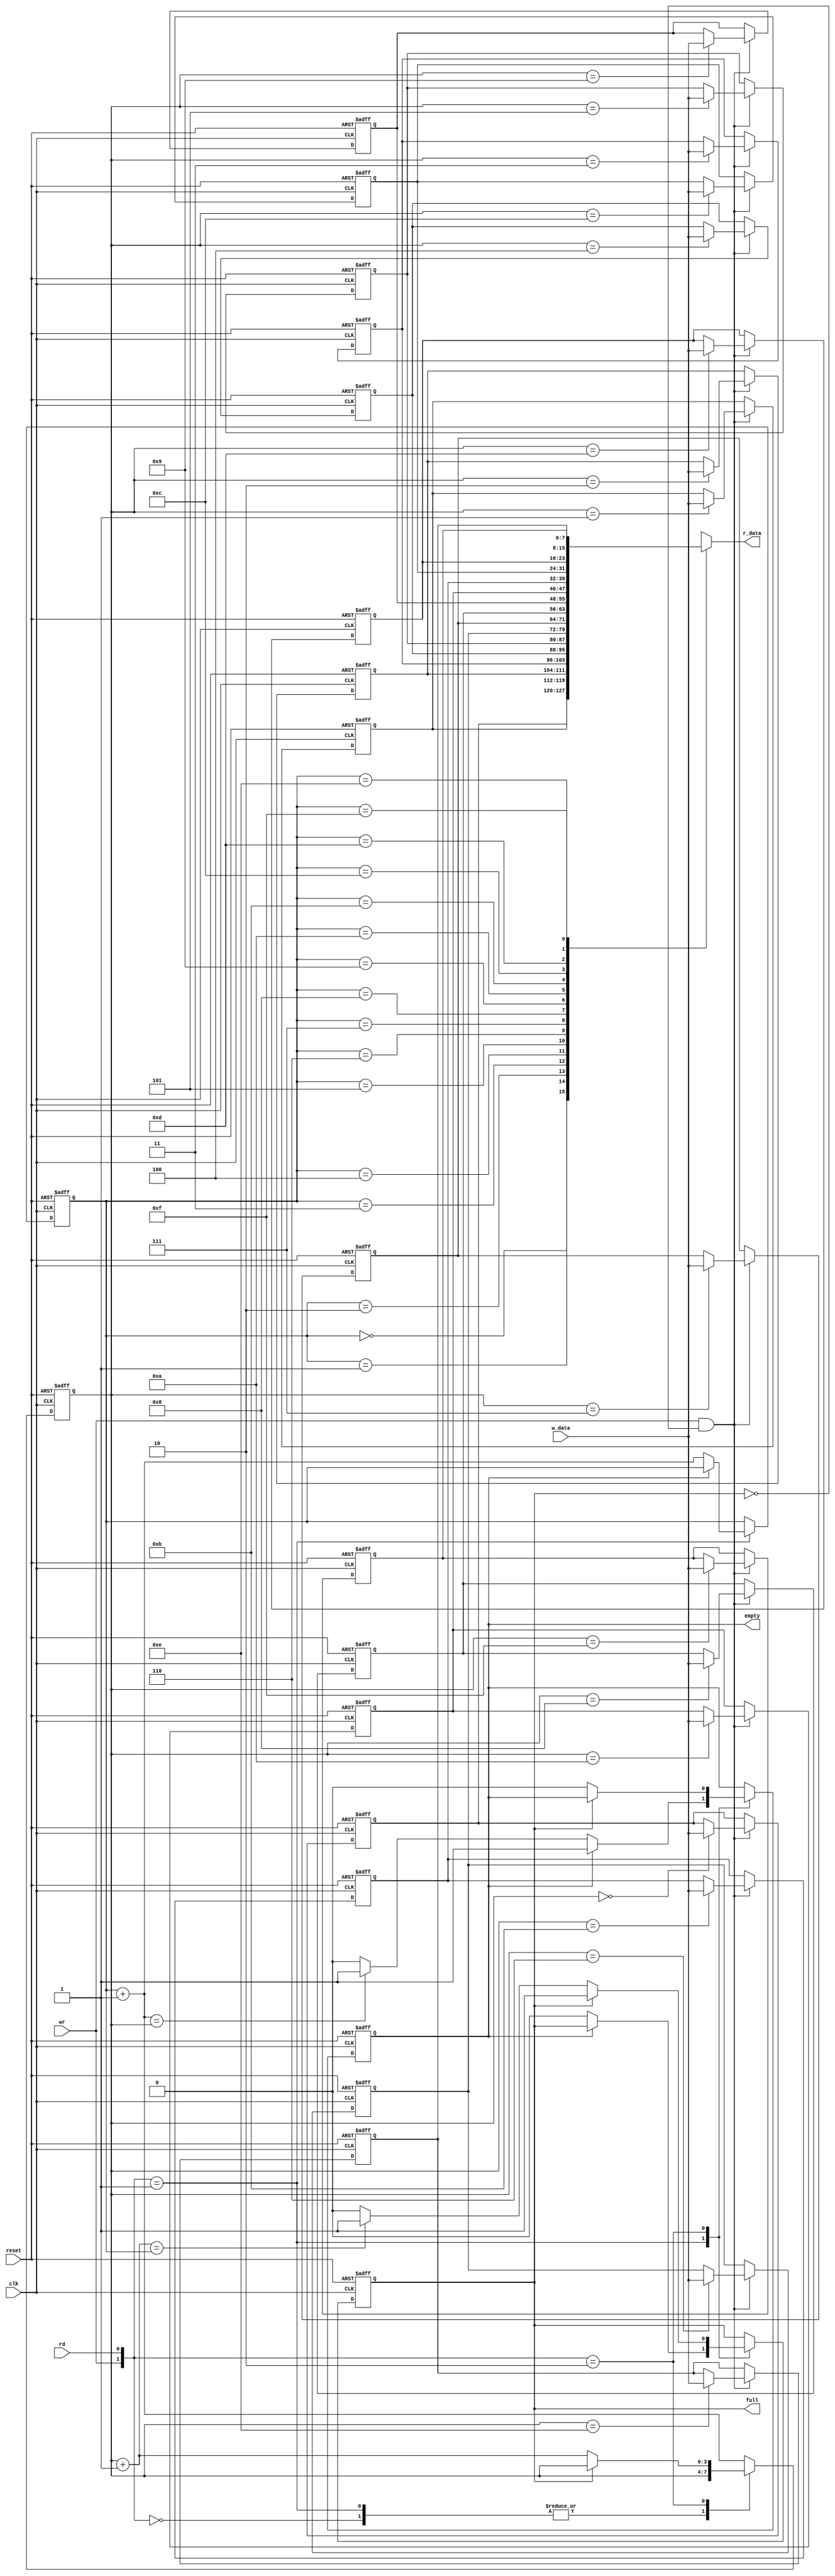
module fifo
(
	input wire          clk,
	input wire          reset,
	input wire          rd,
	input wire          wr,
	input wire [B-1:0]  w_data,
	output wire         empty,
	output wire         full,
	output wire [B-1:0] r_data
);
	parameter B = 8; // number of bits
	parameter W = 4; // number of address bits

	reg [B-1:0]  array_reg[2**W-1:0];
	reg [W-1:0]  w_ptr_reg, w_ptr_next;
	reg [W-1:0]  r_ptr_reg, r_ptr_next;
	reg          full_reg, empty_reg, full_next, empty_next;
	wire [W-1:0] w_ptr_succ, r_ptr_succ;
	wire [1:0]   wr_op;
	wire         wr_en;
	integer      i;
	
	always @ (posedge clk, posedge reset) begin
		if (reset) begin
			for (i = 0; i <= 2**W-1; i = i+1)
				array_reg[i] <= 0;
		end
		else begin
			if (wr_en)
				array_reg[w_ptr_reg] <= w_data;
		end
	end
	
	assign r_data = array_reg[r_ptr_reg];
	assign wr_en = wr && !full_reg;
	
	always @ (posedge clk, posedge reset) begin
		if (reset) begin
			w_ptr_reg <= 0;
			r_ptr_reg <= 0;
			full_reg <= 0;
			empty_reg <= 1;
		end
		else begin
			w_ptr_reg <= w_ptr_next;
			r_ptr_reg <= r_ptr_next;
			full_reg <= full_next;
			empty_reg <= empty_next;
		end
	end
	
	assign w_ptr_succ = w_ptr_reg + 1;
	assign r_ptr_succ = r_ptr_reg + 1;
	
	// state machine works as follows
	// READ:, it checks
	// if the queue is empty, if it is not
	// it will increment the queue, otherwise it does nothing
	// WRITE: it checks if the queue is full before writing,	
	// if it is, then it will just be a nop waiting
	// READ/WRITE: if read and write happens at the same time,
	// we increment the counter for both of them, since it is assume
	// they will get the same data	
	assign wr_op = {wr, rd};
	always @ (w_ptr_reg, w_ptr_succ, r_ptr_reg, r_ptr_succ, wr_op, empty_reg, full_reg) begin
		w_ptr_next <= w_ptr_reg;
		r_ptr_next <= r_ptr_reg;
		full_next <= full_reg;
		empty_next <= empty_reg;
			
		case (wr_op)
			// nop
			2'b00: begin
			end

			// read
			2'b01: begin
				if (!empty_reg) begin
					r_ptr_next <= r_ptr_succ;
					full_next <= 0;
					if (r_ptr_succ == w_ptr_reg)
						empty_next <= 1;
				end
			end
			
			// write
			2'b10: begin
				if (!full_reg) begin
					w_ptr_next <= w_ptr_succ;
					empty_next <= 0;
					if (w_ptr_succ == r_ptr_reg)
						full_next <= 1;
				end
			end
			
			// read/write
			default: begin
				w_ptr_next <= w_ptr_succ;
				w_ptr_next <= r_ptr_succ;
			end
		endcase
	end
	
	assign full = full_reg;
	assign empty = empty_reg;
	
endmodule